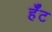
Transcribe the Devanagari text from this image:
र्हँट